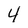
Character: 4